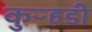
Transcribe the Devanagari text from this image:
कुऱ्हडी